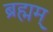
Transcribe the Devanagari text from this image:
ब्रह्मम्